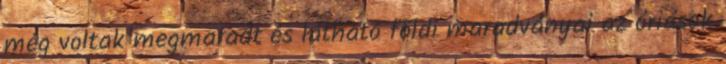
még voltak megmaradt és látható földi maradványai az óriások